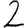
Digit: 2